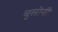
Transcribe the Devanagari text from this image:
बुसोनी